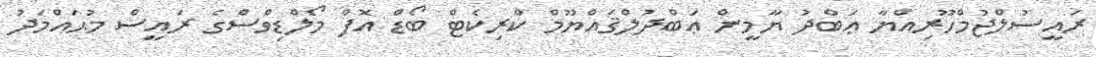
ރައީސުލްޖުމްހޫރިއްޔާ ޢަބްދު ޔާމީން ޢަބްދުލްޤައްޔޫމް ކްރިކެޓް ބޯޑް އޮފް މޯލްޑިވްސްގެ ރައީސް މުޙައްމަދު